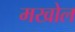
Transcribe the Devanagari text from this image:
मखोल